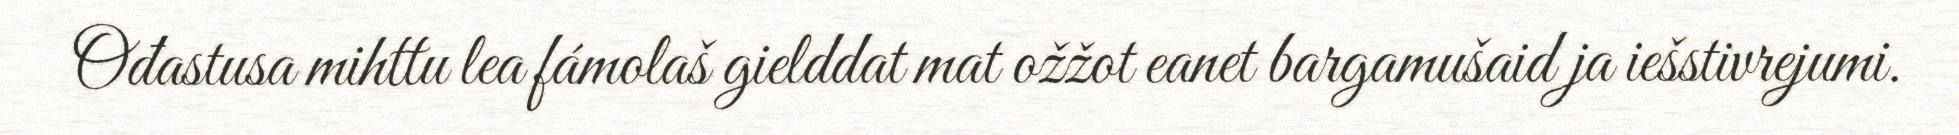
Ođastusa mihttu lea fámolaš gielddat mat ožžot eanet bargamušaid ja iešstivrejumi.